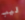
ليب